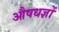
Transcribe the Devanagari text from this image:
औषधज्ञों